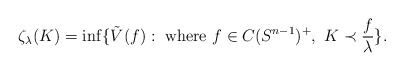
\begin{align*}\zeta_\lambda(K)=\inf\{\tilde{V}(f): \mbox{ where } f\in C(S^{n-1})^+, \, \, K\prec \frac{f}{\lambda} \}. \end{align*}